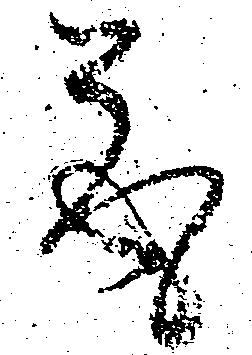
取